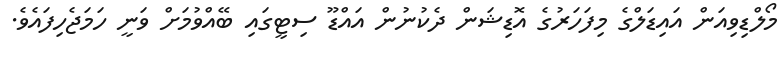
މޯލްޑިވިއަން އައިޑަލްގެ މިފަހަރުގެ އޮޑިޝަން ދެކުނުން އައްޑޫ ސިޓީގައި ބޭއްވުމަށް ވަނީ ހަމަޖެހިފައެވެ.